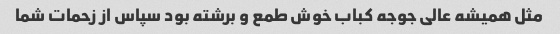
مثل همیشه عالی جوجه کباب خوش طمع و برشته بود سپاس از زحمات شما